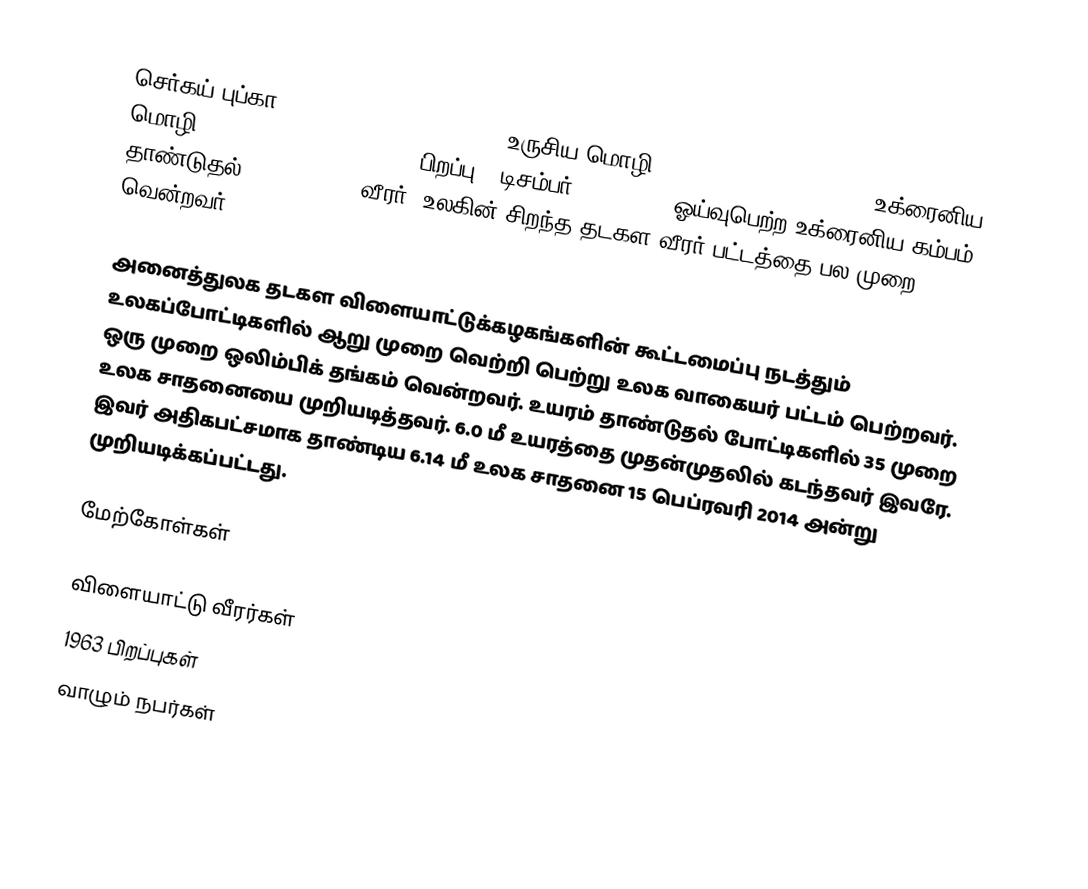
செர்கய் புப்கா (Sergey Nazarovich Bubka, உருசிய மொழி: Сергей Назарович Бубка; உக்ரைனிய மொழி: Сергій Назарович Бубка, பிறப்பு - டிசம்பர் 4, 1963 ), ஓய்வுபெற்ற உக்ரைனிய கம்பம் தாண்டுதல் (pole vault) வீரர். உலகின் சிறந்த தடகள வீரர் பட்டத்தை பல முறை வென்றவர்.

அனைத்துலக தடகள விளையாட்டுக்கழகங்களின் கூட்டமைப்பு நடத்தும் உலகப்போட்டிகளில் ஆறு முறை வெற்றி பெற்று உலக வாகையர் பட்டம் பெற்றவர். ஒரு முறை ஒலிம்பிக் தங்கம் வென்றவர். உயரம் தாண்டுதல் போட்டிகளில் 35 முறை உலக சாதனையை முறியடித்தவர். 6.0 மீ உயரத்தை முதன்முதலில் கடந்தவர் இவரே. இவர் அதிகபட்சமாக தாண்டிய 6.14 மீ உலக சாதனை 15 பெப்ரவரி  2014 அன்று முறியடிக்கப்பட்டது.

மேற்கோள்கள்

விளையாட்டு வீரர்கள்
1963 பிறப்புகள்
வாழும் நபர்கள்